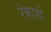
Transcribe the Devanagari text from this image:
रेकाडो